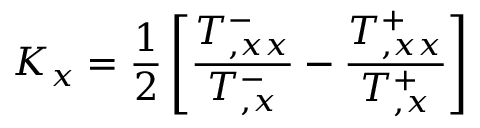
K _ { x } = { \frac { 1 } { 2 } } \left[ { \frac { T _ { , x x } ^ { - } } { T _ { , x } ^ { - } } } - { \frac { T _ { , x x } ^ { + } } { T _ { , x } ^ { + } } } \right]